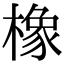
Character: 橡